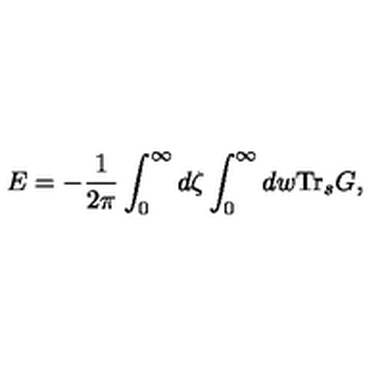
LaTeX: E = - { \frac { 1 } { 2 \pi } } \int _ { 0 } ^ { \infty } d \zeta \int _ { 0 } ^ { \infty } d w \mathrm { T r } _ { s } G ,